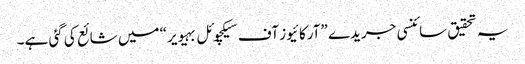
یہ تحقیق سائنسی جریدے ”آرکائیوز آف سیکچوئل بہیویر“ میں شائع کی گئی ہے۔